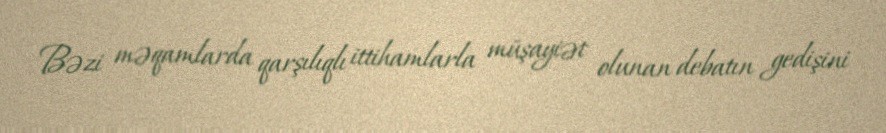
Bəzi məqamlarda qarşılıqlı ittihamlarla müşayiət olunan debatın gedişini